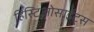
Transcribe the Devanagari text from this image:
हिस्टिओसाईट्स